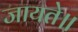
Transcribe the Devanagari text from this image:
जायते॥